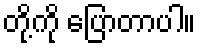
တို့ကို ပြောတာပါ။